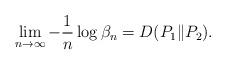
LaTeX: \begin{align*}\lim_{n\to\infty}-\frac{1}{n}\log \beta_n = D(P_1\|P_2).\end{align*}